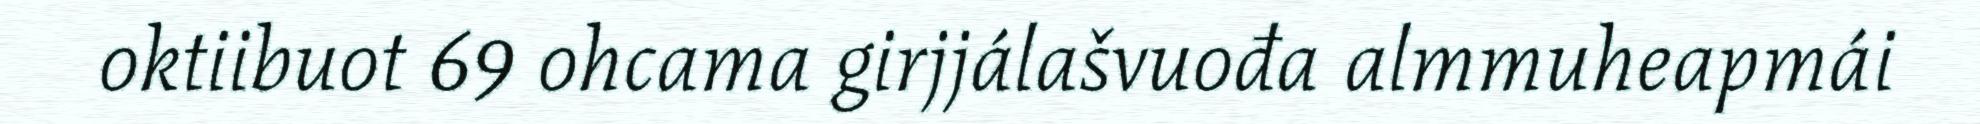
oktiibuot 69 ohcama girjjálašvuođa almmuheapmái